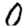
Digit: 0